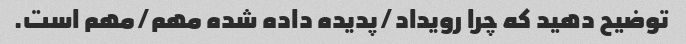
توضیح دهید که چرا رویداد/پدیده داده شده مهم/مهم است.